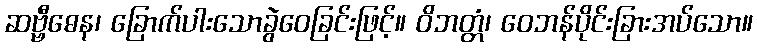
ဆဗ္ဗီဓေန၊ ခြောက်ပါးသောခွဲဝေခြင်းဖြင့်။ ဝိဘတ္တံ၊ ဝေဘန်ပိုင်းခြားအပ်သော။